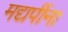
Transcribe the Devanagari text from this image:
मद्यपींना